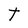
Character: t